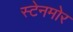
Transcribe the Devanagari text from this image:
स्टेनमोर